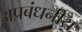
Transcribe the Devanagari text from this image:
अप्रबंधनीय